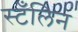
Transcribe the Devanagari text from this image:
स्टँलिन